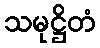
သမုဋ္ဌိတံ